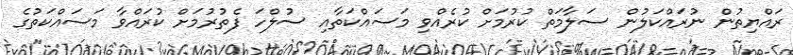
ރައްޔިތުން ނުރައްކަލުން ސަލާމަތް ކުރުމަށް ކުރެއްވި މަސައްކަތާއި ސުލްހަ ފެތުރުމަށް ކުރައްވާ މަސައްކަތުގެ